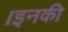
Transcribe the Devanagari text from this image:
।इनकी